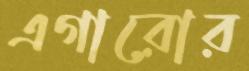
এগারোর